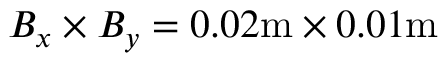
B _ { x } \times B _ { y } = 0 . 0 2 \mathrm { m } \times 0 . 0 1 \mathrm { m }